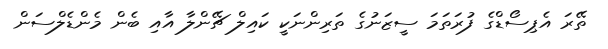
ތޭރަ އެޕިސޯޑްގެ ފުރަތަމަ ސީޒަނުގެ ތަރިންނަކީ ކައިލް ޗޭންލާ އާއި ބެން މެންޑެލްސަން